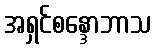
အရှင်စန္ဒောဘာသ